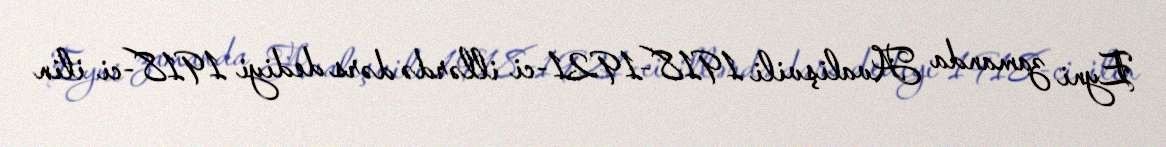
Eyni zamanda Avalişvili 1918-1921-ci illərdə dərs dediyi 1918-ci ilin